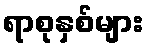
ရာစုနှစ်များ